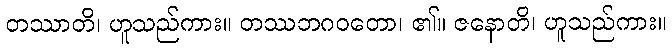
တဿာတိ၊ ဟူသည်ကား။ တဿဘဂဝတော၊ ၏။ ဇနောတိ၊ ဟူသည်ကား။